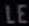
LE